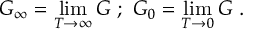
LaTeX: G _ { \infty } = \operatorname* { l i m } _ { T \to \infty } G \ ; \ G _ { 0 } = \operatorname* { l i m } _ { T \to 0 } G \ .